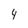
Character: 4